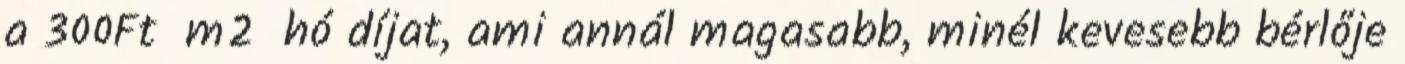
a 300Ft m2 hó díjat, ami annál magasabb, minél kevesebb bérlője